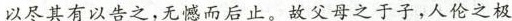
以尽其有以告之，无憾而后止。故父母之于子，人伦之极